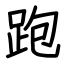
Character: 跑